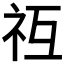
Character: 𥘡